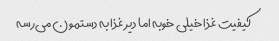
کیفیت غذا خیلی خوبه اما دیر غذا به دستمون می‌رسه